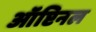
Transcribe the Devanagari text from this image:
ऑप्टिनल